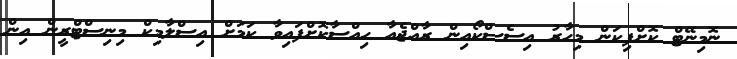
ނޮމިނޭޓް ކޮށްފިކަން މިހާރު އިސެސްކޯއިން ރާއްޖެއާ ހިއްސާކޮށްފައިވާ ކަމަށް އިސްލާމިކް މިނިސްޓްރީން އިން